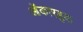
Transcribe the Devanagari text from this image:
ओंकारबुवा